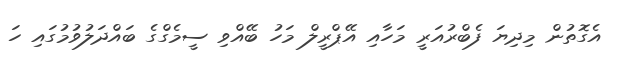
އެގޮތުން މިދިޔަ ފެބްރުއަރީ މަހާއި އޭޕްރީލް މަހު ބޭއްވި ސީމެގްގެ ބައްދަލުވުމުގައި ހަ